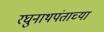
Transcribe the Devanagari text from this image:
रघुनाथपंताच्या